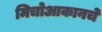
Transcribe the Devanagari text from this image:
मिचोआकानचे